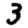
Digit: 3